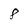
Character: 8